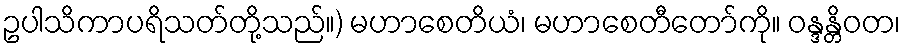
ဥပါသိကာပရိသတ်တို့သည်။) မဟာစေတိယံ၊ မဟာစေတီတော်ကို။ ဝန္ဒန္တိဝတ၊